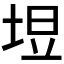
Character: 𪣙